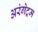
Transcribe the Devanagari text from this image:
अरंगेट्रम